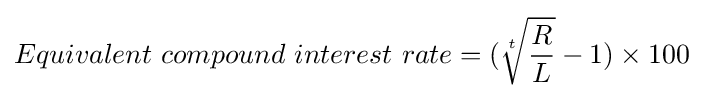
Equivalent\ compound\ interest\ rate=({\sqrt[{t}]{\frac {R}{L}}}-1)\times 100